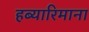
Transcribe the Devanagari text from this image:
हब्‍यारिमाना